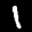
Label: 1